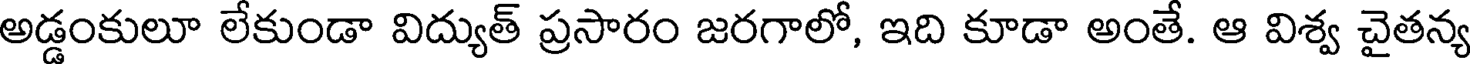
అడ్డంకులూ లేకుండా విద్యుత్ ప్రసారం జరగాలో, ఇది కూడా అంతే. ఆ విశ్వ చైతన్య